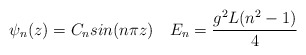
\begin{align*}\psi_n(z) = C_n sin(n\pi z) \quad E_n = {g^2L(n^2-1) \over 4}\end{align*}